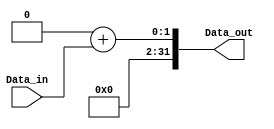
module sign_xtend_1_to_32(
    input wire Data_in,
    output reg [31:0] Data_out
);
always@(*)begin
    Data_out = (32'b00000000000000000000000000000000 + Data_in);
end
endmodule